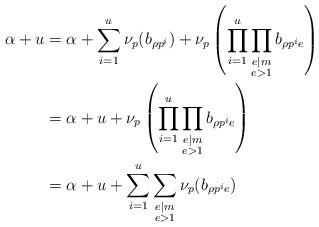
LaTeX: \begin{align*}\alpha+u& = \alpha+\sum_{i=1}^u\nu_{p}(b_{\rho p^i})+\nu_{p}\left(\prod_{i=1}^u\prod_{\substack{e\mid m\\e>1}}b_{\rho p^ie}\right)\\& = \alpha+u+\nu_{p}\left(\prod_{i=1}^u\prod_{\substack{e\mid m\\e>1}}b_{\rho p^ie}\right)\\& = \alpha+u+\sum_{i=1}^u\sum_{\substack{e\mid m\\e>1}}\nu_{p}(b_{\rho p^ie})\end{align*}